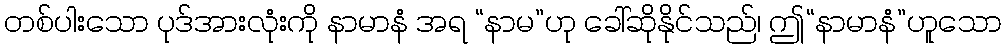
တစ်ပါးသော ပုဒ်အားလုံးကို နာမာနံ အရ “နာမ”ဟု ခေါ်ဆိုနိုင်သည်၊ ဤ“နာမာနံ”ဟူသော